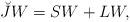
LaTeX: \begin{align*}\breve{J}W=SW+LW, \end{align*}